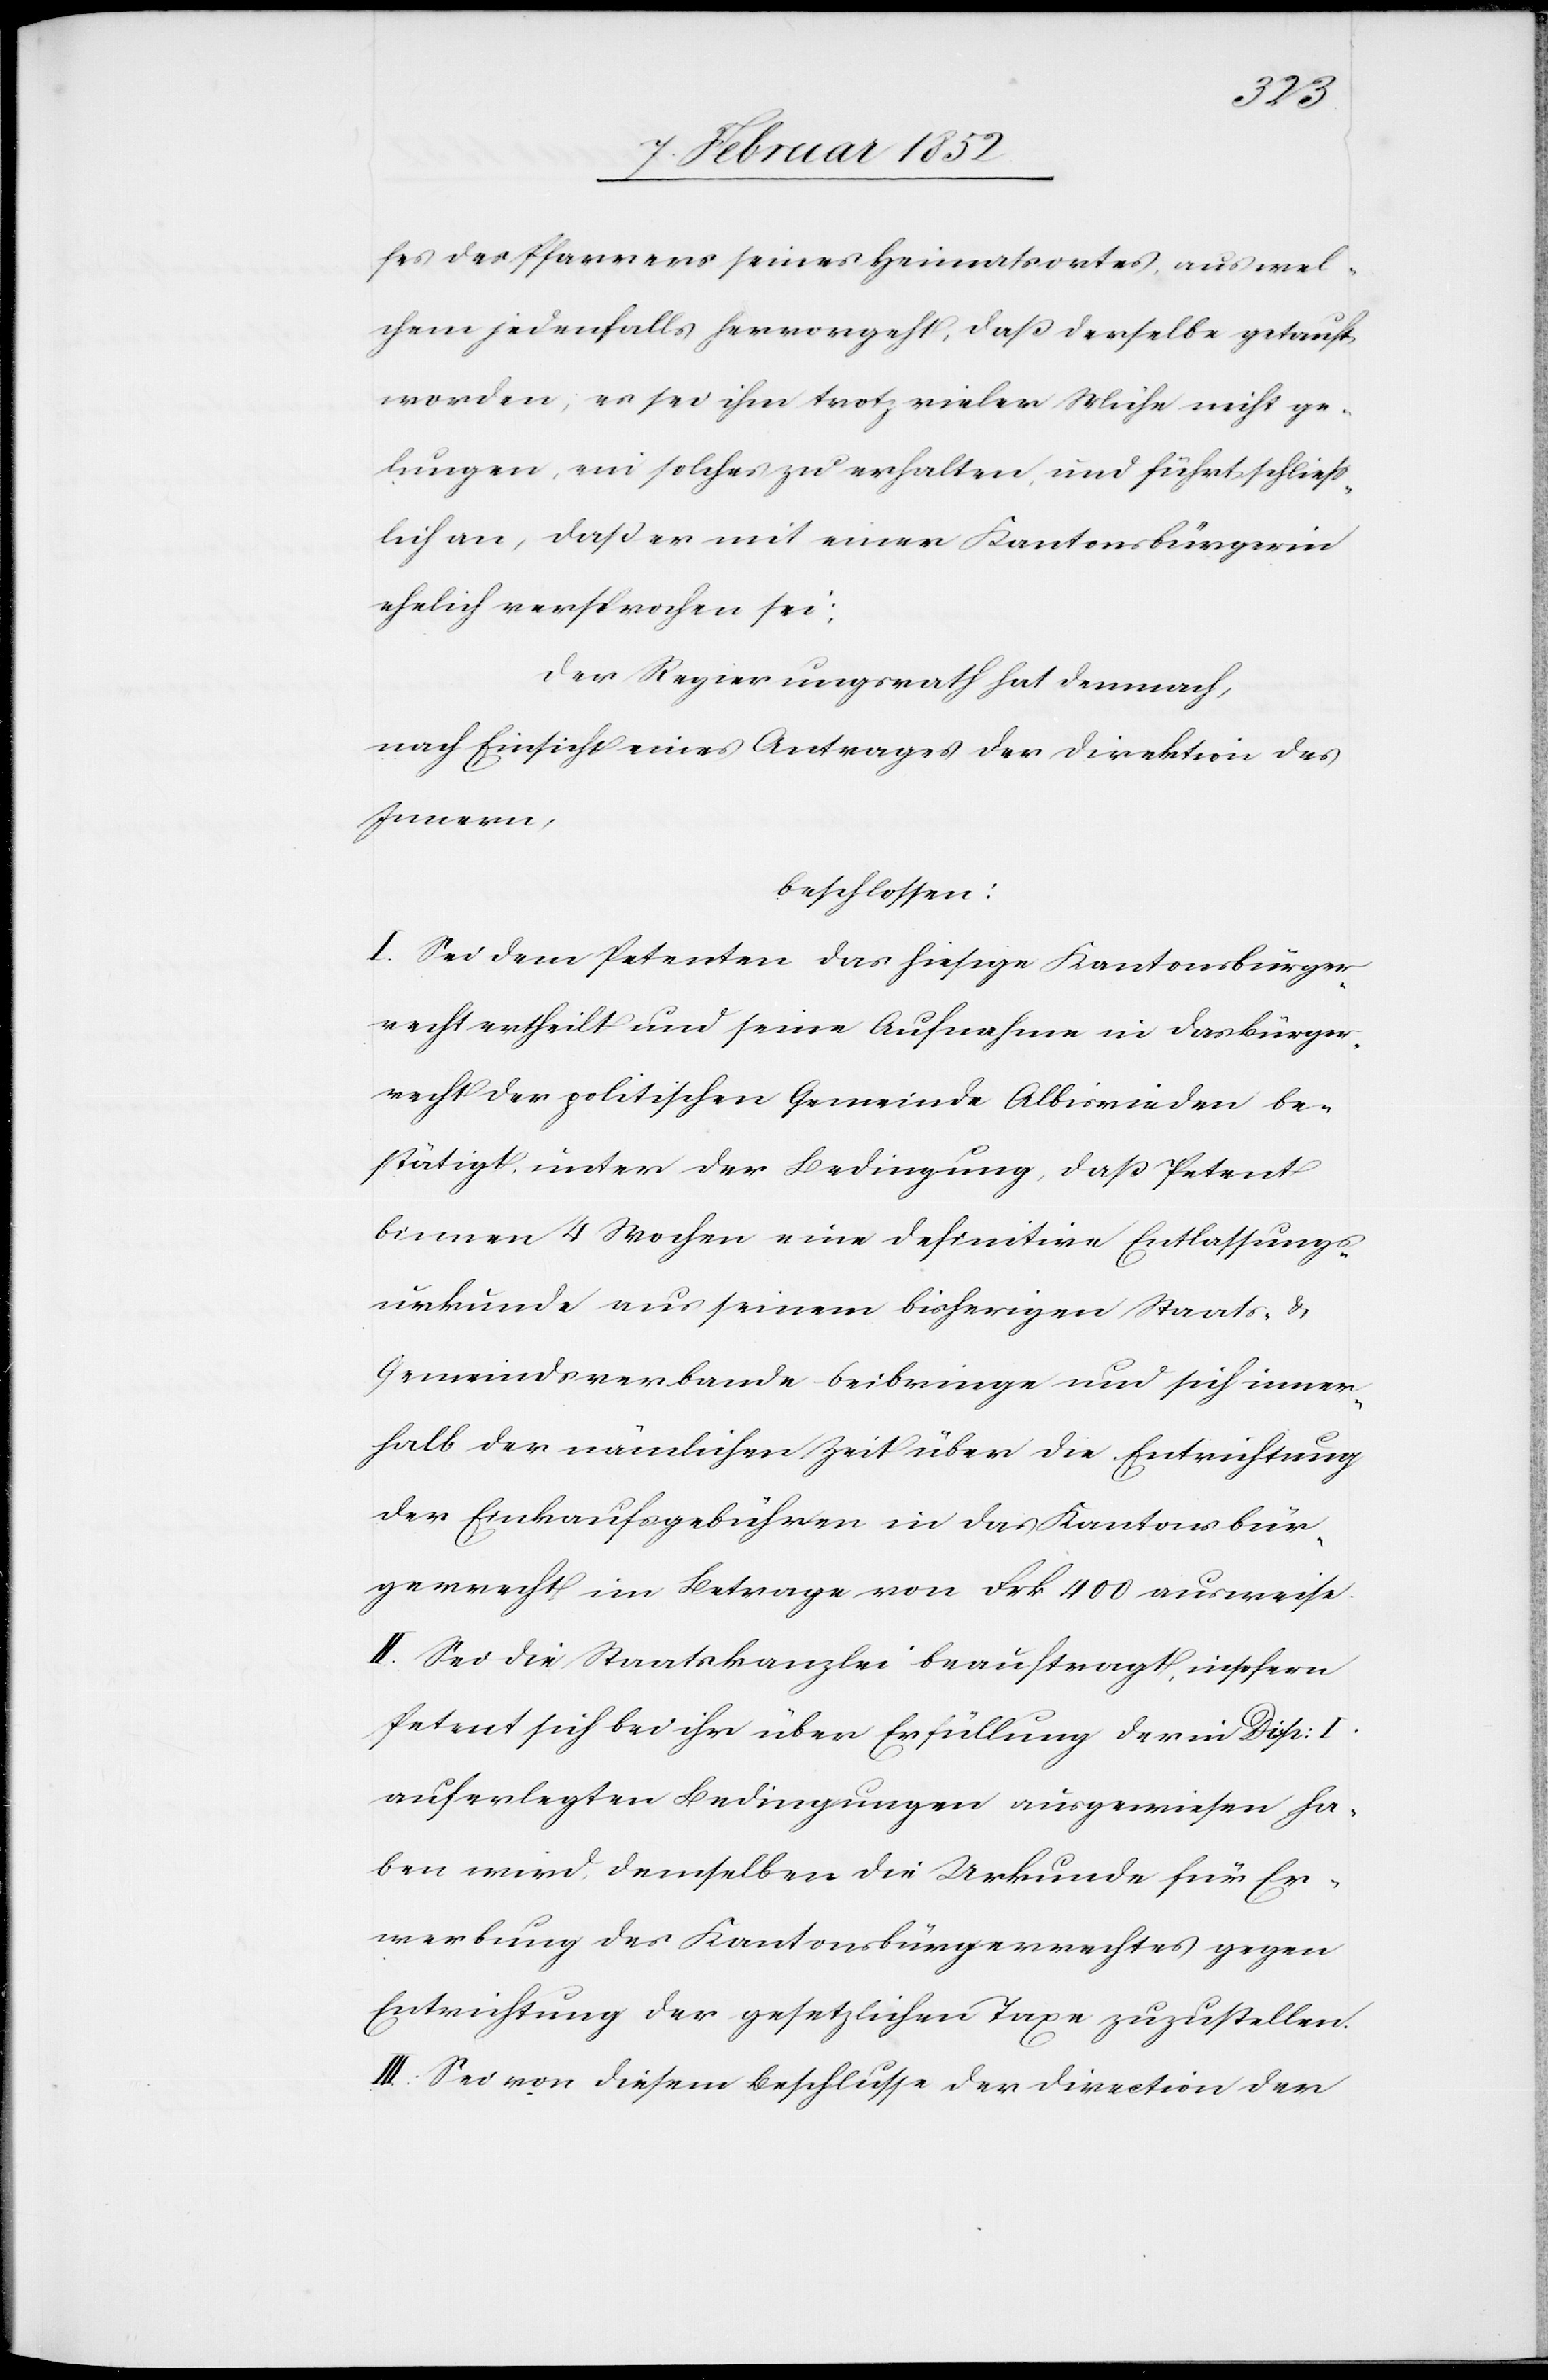
fes des Pfarrers seines Heimatsortes, aus wel¬
chem jedenfalls hervorgeht, daß derselbe getauft
worden, es sei ihm trotz vieler Mühe nicht ge¬
lungen, ein solches zu erhalten und führt schließ¬
lich an, daß er mit einer Kantonsbürgerin
ehelich versprochen sei;
Der Regierungsrath hat demnach,
nach Einsicht eines Antrages der Direktion des
Innern,
beschlossen:
I. Sei dem Petenten das hiesige Kantonsbürger¬
recht ertheilt und seine Aufnahme in das Bürger¬
recht der politischen Gemeinde Albisrieden be¬
stätigt, unter der Bedingung, daß Petent
binnen 4 Wochen eine definitive Entlassungs¬
urkunde aus seinem bisherigen Staats- u.
Gemeindsverbande beibringe und sich inner¬
halb der nämlichen Zeit über die Entrichtung
der Einkaufsgebühren in das Kantonsbür¬
gerrecht im Betrage von Frk 400 ausweise.
II. Sei die Staatskanzlei beauftragt, insofern
Petent sich bei ihr über Erfüllung der mit Disp: I.
auferlegten Bedingungen ausgewiesen ha¬
ben wird, demselben die Urkunde für Er¬
werbung des Kantonsbürgerrechtes gegen
Entrichtung der gesetzlichen Taxe zuzustellen.
III. Sei von diesem Beschlusse der Direction der